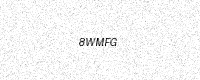
Text: 8WMFG